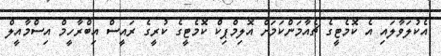
އެކުލަވާލައި އެ ކޮމެޓީގެ ޗެއާމަންކަމަށް އޮލިމްޕިކް ކޮމެޓީގެ ކުރީގެ ރައީސް އިބްރާހީމް އިސްމާއީލް